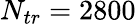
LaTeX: N_{tr}=2800